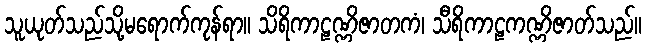
သူယုတ်သည်သို့မရောက်ကုန်ရာ။ သိရိကာဠဏ္ဏိဇာတကံ၊ သီရိကာဠကဏ္ဏိဇာတ်သည်။